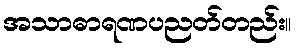
အသာဓာရဏပညတ်တည်း။